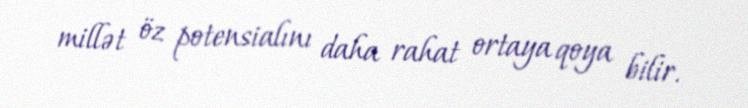
millət öz potensialını daha rahat ortaya qoya bilir.